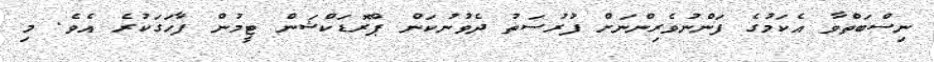
ނިސްބަތްވާ އެކަމުގެ ފަންނުވެރިންނަށް ފުރުސަތު ދެވުނުކަން ޕްރޮޑަކްޝަން ޓީމުން ފާހަގަކުރެ އެވެ. މި